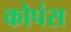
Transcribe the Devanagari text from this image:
कोपंस